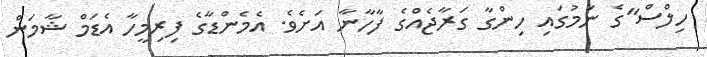
ހިލްސް"ގެ ނަމުގައި ހިންގާ ގަރާޖެއްގެ ފާހާނާ އަށެެވެ. އެމެންޑާގެ ފިރިމީހާ އެޑަމް ޝާމަން